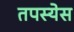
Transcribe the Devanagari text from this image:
तपस्येस